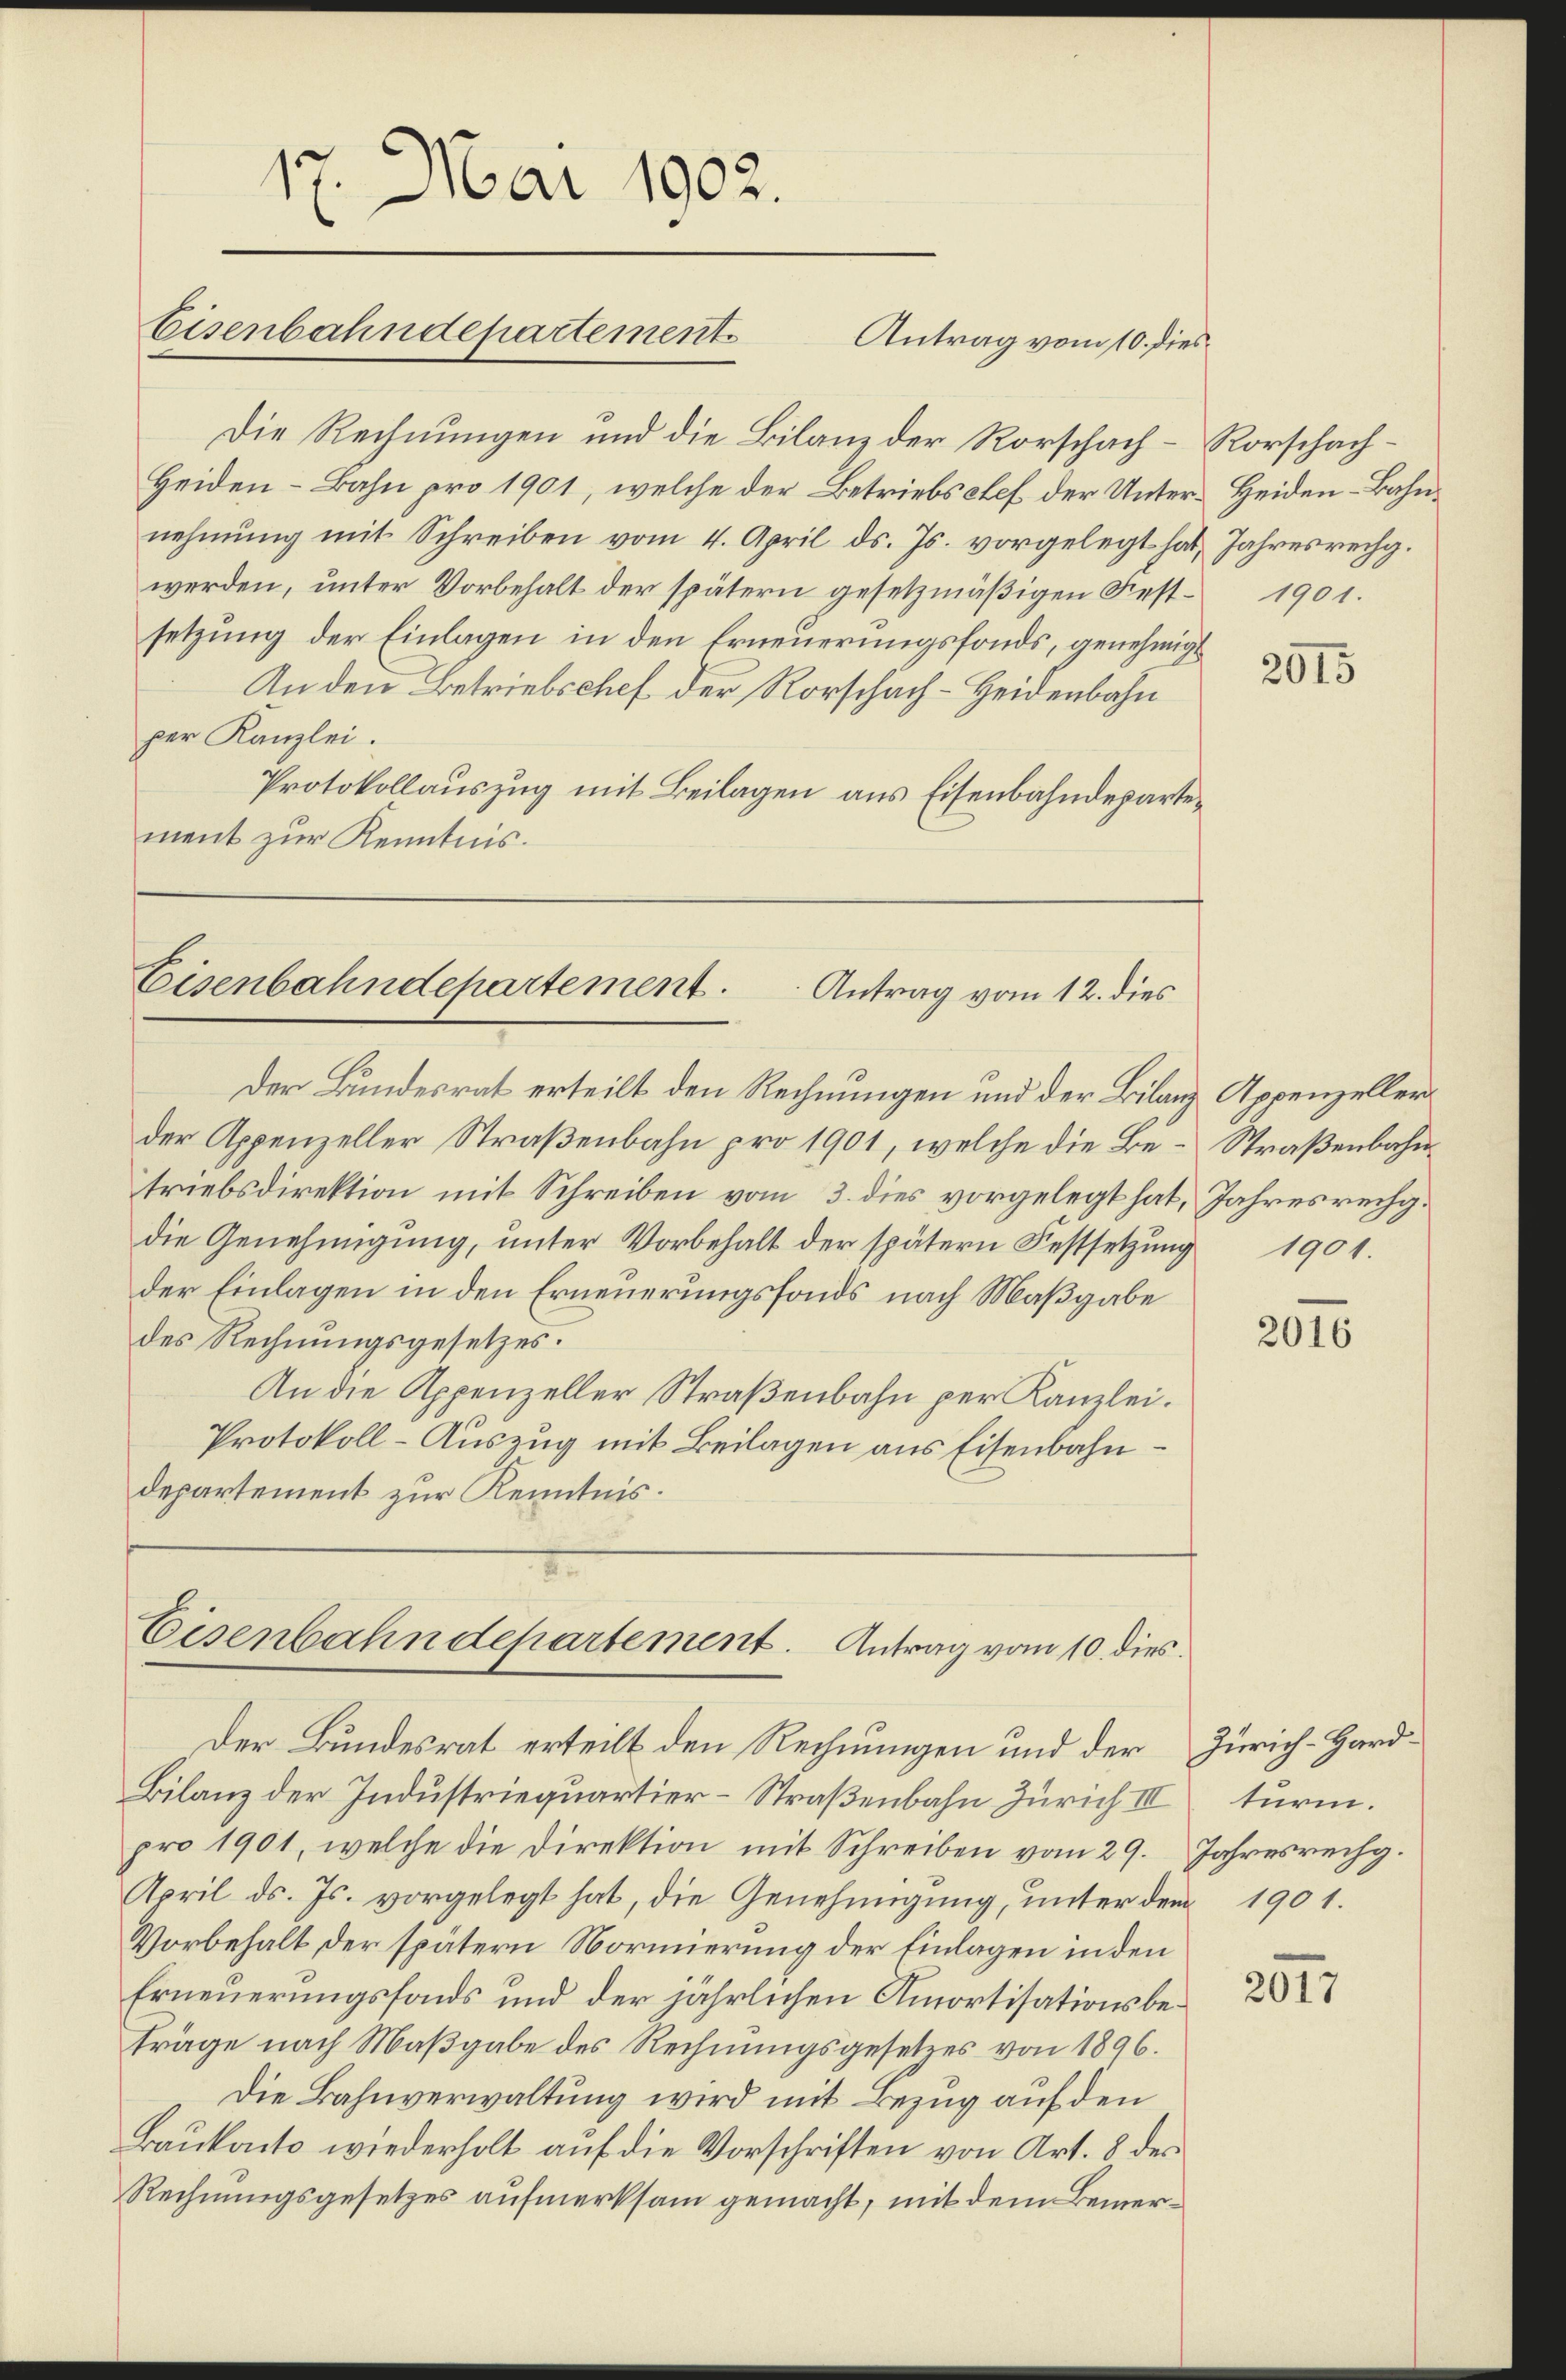
17. Mai 1902.

Eisenbahndepartement

Die Rechnungen und die Bilanz der Rorschach–Rorschach¬
Heiden-Bahn pro 1901, welche der Betriebschef der Unter-Heiden-Bahnnehmung mit Schreiben vom 4. April ds. Js. vorgelegt hat, Jahresrechg.
werden, unter Vorbehalt der spätern gesetzmäßigen Fest- 1901.
setzung der Einlagen in den Erneuerungsfonds, genehmigt
An den Betriebschef der Rorschach – Heidenbahn
per Kanzlei.
Protokollauszug mit Beilagen aus Eisenbahndepartement zur Kenntnis.

Der Bundesrat erteilt den Rechnungen und der Bilanz Appenzeller
der Appenzeller Straßenbahn pro 1901, welche die Be- Straßenbahntriebsdirektion mit Schreiben vom 3. dies vorgelegt hat, Jahresrechg.
die Genehmigŭng, unter Vorbehalt der spätern Festsetzŭng 1901.
der Einlagen in den Erneuerungsfonds nach Maßgabe
des Rechnungsgesetzes.
An die Appenzeller Straßenbahn per Kanzlei.
Protokoll-Auszug mit Beilagen aus Eisenbahndepartement zur Kenntnis.

Antrag vom 10. dies

Eisenbahndepartement.
Antrag vom 12. dies

Eisenbahndepartement. Antrag vom 10. dies
Der Bundesrat erteilt den Rechnungen und der

Bilanz der Industriequartier-Straßenbahn Zürich III
pro 1901, welche die Direktion mit Schreiben vom 29.
April d. Js. vorgelegt hat, die Genehmigung, unter dem 1901.
Vorbehalt der spätern Normierung der Einlagen in den
Erneuerungsfonds und der jährlichen Amortisationsbeträge nach Maβgabe des Rechnungsgesetzes von 1896.
Die Bahnverwaltung wird mit Bezug auf den
Baukanto wiederholt auf die Vorschriften von Art. 8 des
Rechnungsgesetzes aufmerksam gemacht, mit dem Bemer¬

2015

2016

Zürich-Hard
turm.
Jahresrechg.

2017